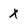
Character: x